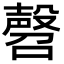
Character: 㲈